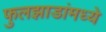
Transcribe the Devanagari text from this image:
फुलझाडांमध्ये